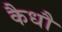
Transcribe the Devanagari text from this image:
कैधौ